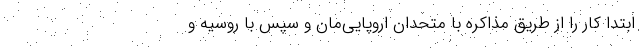
ابتدا کار را از طریق مذاکره با متحدان اروپایی‌مان و سپس با روسیه و